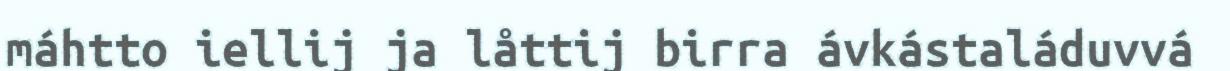
máhtto iellij ja låttij birra ávkástaláduvvá